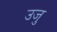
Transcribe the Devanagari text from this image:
उजु